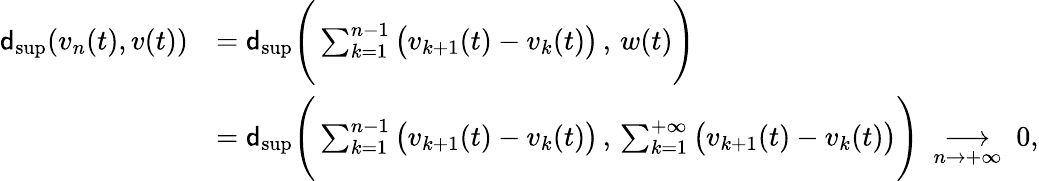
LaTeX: \begin{array}{rl}{\textnormal{\textsf{d}}_{\operatorname*{sup}}(v_{n}(t),v(t))}&{=\textnormal{\textsf{d}}_{\operatorname*{sup}}\Bigg(\sum_{k=1}^{n-1}\big(v_{k+1}(t)-v_{k}(t)\big)\, ,\, w(t)\Bigg)}\\ &{=\textnormal{\textsf{d}}_{\operatorname*{sup}}\Bigg(\sum_{k=1}^{n-1}\big(v_{k+1}(t)-v_{k}(t)\big)\, ,\, \sum_{k=1}^{+\infty}\big(v_{k+1}(t)-v_{k}(t)\big)\Bigg)~\underset{n\to+\infty}{\longrightarrow}~0,}\end{array}